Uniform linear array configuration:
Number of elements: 64
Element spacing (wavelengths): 0.5
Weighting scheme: exponential
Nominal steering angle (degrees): -45
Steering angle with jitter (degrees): -46.06
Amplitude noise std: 0.05
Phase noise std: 0.05

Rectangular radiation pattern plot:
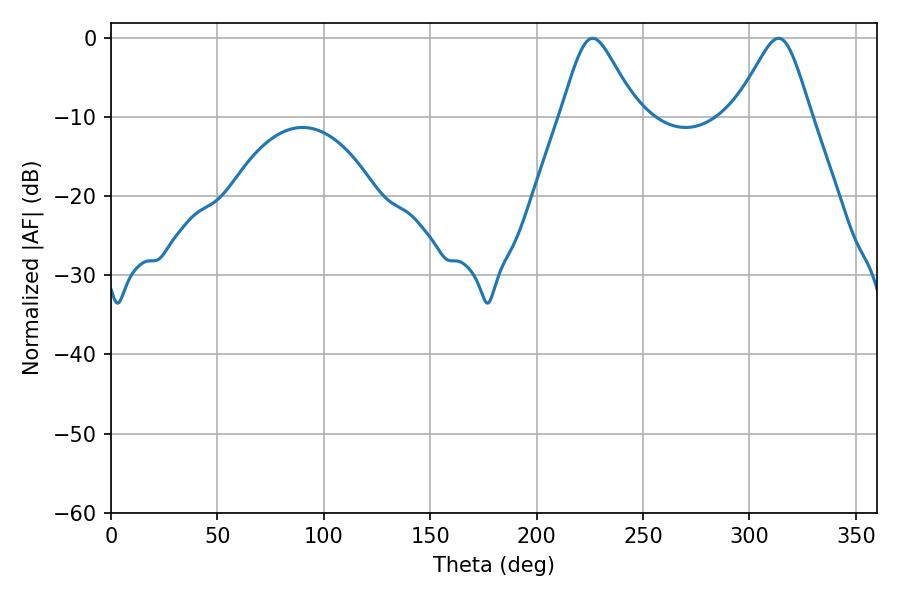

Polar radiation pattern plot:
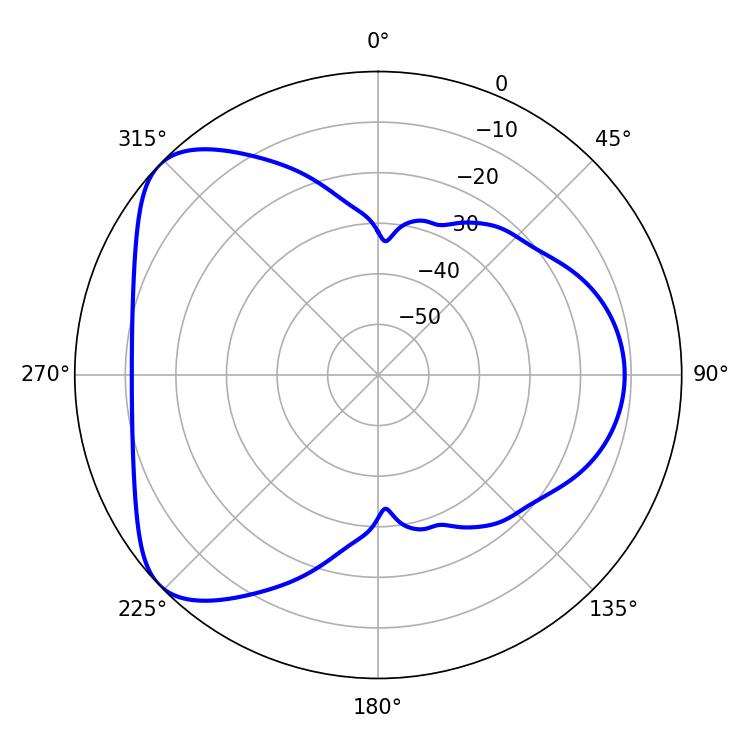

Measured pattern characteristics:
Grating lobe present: FALSE
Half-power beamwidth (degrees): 17.28
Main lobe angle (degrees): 226.26